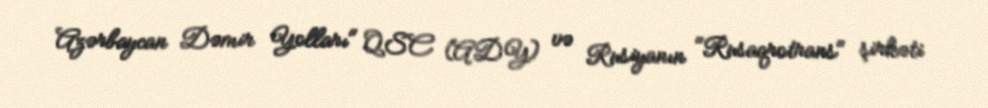
Azərbaycan Dəmir Yolları" QSC (ADY) və Rusiyanın "Rusaqrotrans" şirkəti